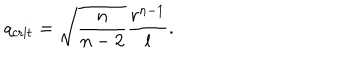
LaTeX: q _ { \mathrm { c r i t } } = \sqrt { \frac { n } { n - 2 } } \frac { r ^ { n - 1 } } { l } .